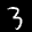
Label: 3